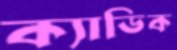
ক্যাডিক